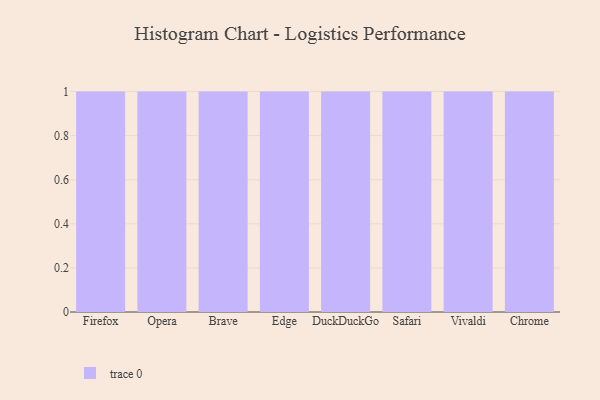
{"axis": {"x": "Browser", "y": "Net Income (USD K)"}, "legend": [""], "data": [{"x": "Firefox", "y": 6, "type": ""}, {"x": "Opera", "y": 39, "type": ""}, {"x": "Brave", "y": 75, "type": ""}, {"x": "Edge", "y": 28, "type": ""}, {"x": "DuckDuckGo", "y": 94, "type": ""}, {"x": "Safari", "y": 25, "type": ""}, {"x": "Vivaldi", "y": 62, "type": ""}, {"x": "Chrome", "y": 43, "type": ""}]}